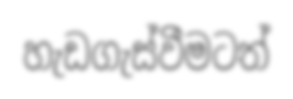
හැඩගැස්වීමටත්